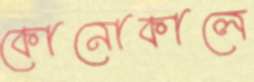
কোনোকালে